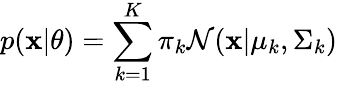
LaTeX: p(\mathbf{x}|\theta)=\sum_{k=1}^{K}\pi_{k}\mathcal{N}(\mathbf{x}|\mu_{k},\Sigma_{k})